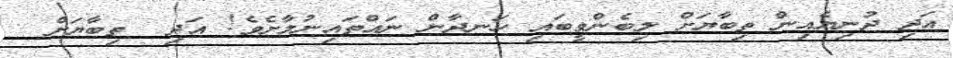
އަދި ދުނިޔެއިން ތިބާޔަށް ލިބެންވީބައި ހަނދާން ނައްތައިނުލާށެވެ! އަދި  ތިބާޔަށް